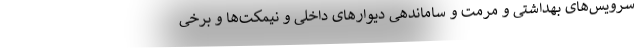
سرویس‌های بهداشتی و مرمت و ساماندهی دیوارهای داخلی و نیمکت‌ها و برخی